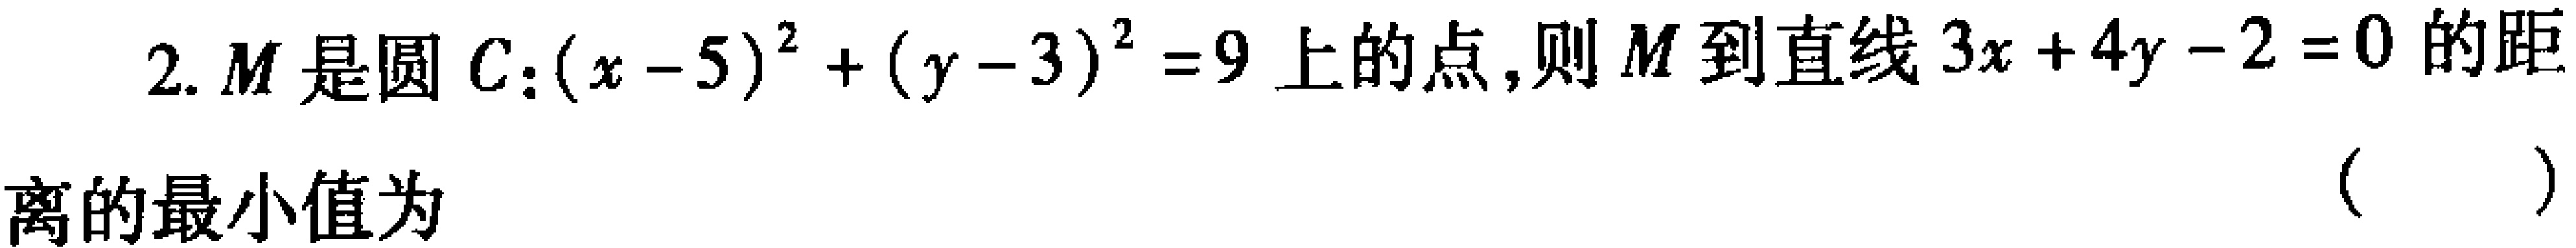
2. \(M\)是圆\(C:(x - 5)^{2}+(y - 3)^{2}=9\)上的点,则\(M\)到直线\(3x + 4y - 2 = 0\)的距
离的最小值为 （  ）